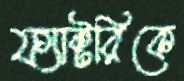
ফ্যাক্টরিকে